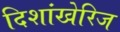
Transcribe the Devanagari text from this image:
दिशांखेरिज